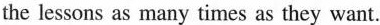
the lessons as many times as they want.